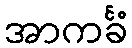
အာကင်္ခံ